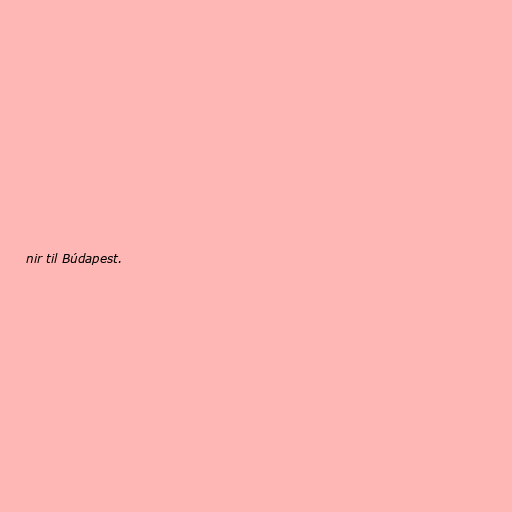
nir til Búdapest.